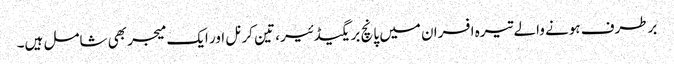
برطرف ہونے والے تیرہ افسران میں پانچ بریگیڈئیر، تین کرنل اور ایک میجر بھی شامل ہیں۔